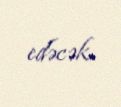
edəcək.